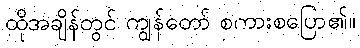
ထိုအချိန်တွင် ကျွန်တော် စကားစပြော၏။